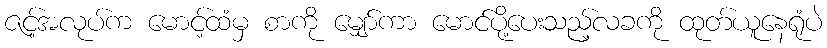
ဇင့်အလုပ်က မောင့်ထံမှ စာကို မျှော်ကာ မောင်ပို့ပေးသည့်လခကို ထုတ်ယူနေရုံပဲ